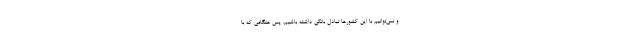
و نمی‌توانیم با این کشورها تبادل بانکی داشته باشیم. پس هنگامی که با